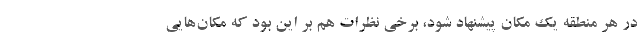
در هر منطقه یک مکان پیشنهاد شود، برخی نظرات هم بر این بود که مکان‌هایی